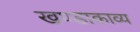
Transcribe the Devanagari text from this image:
खण्डाकाव्य